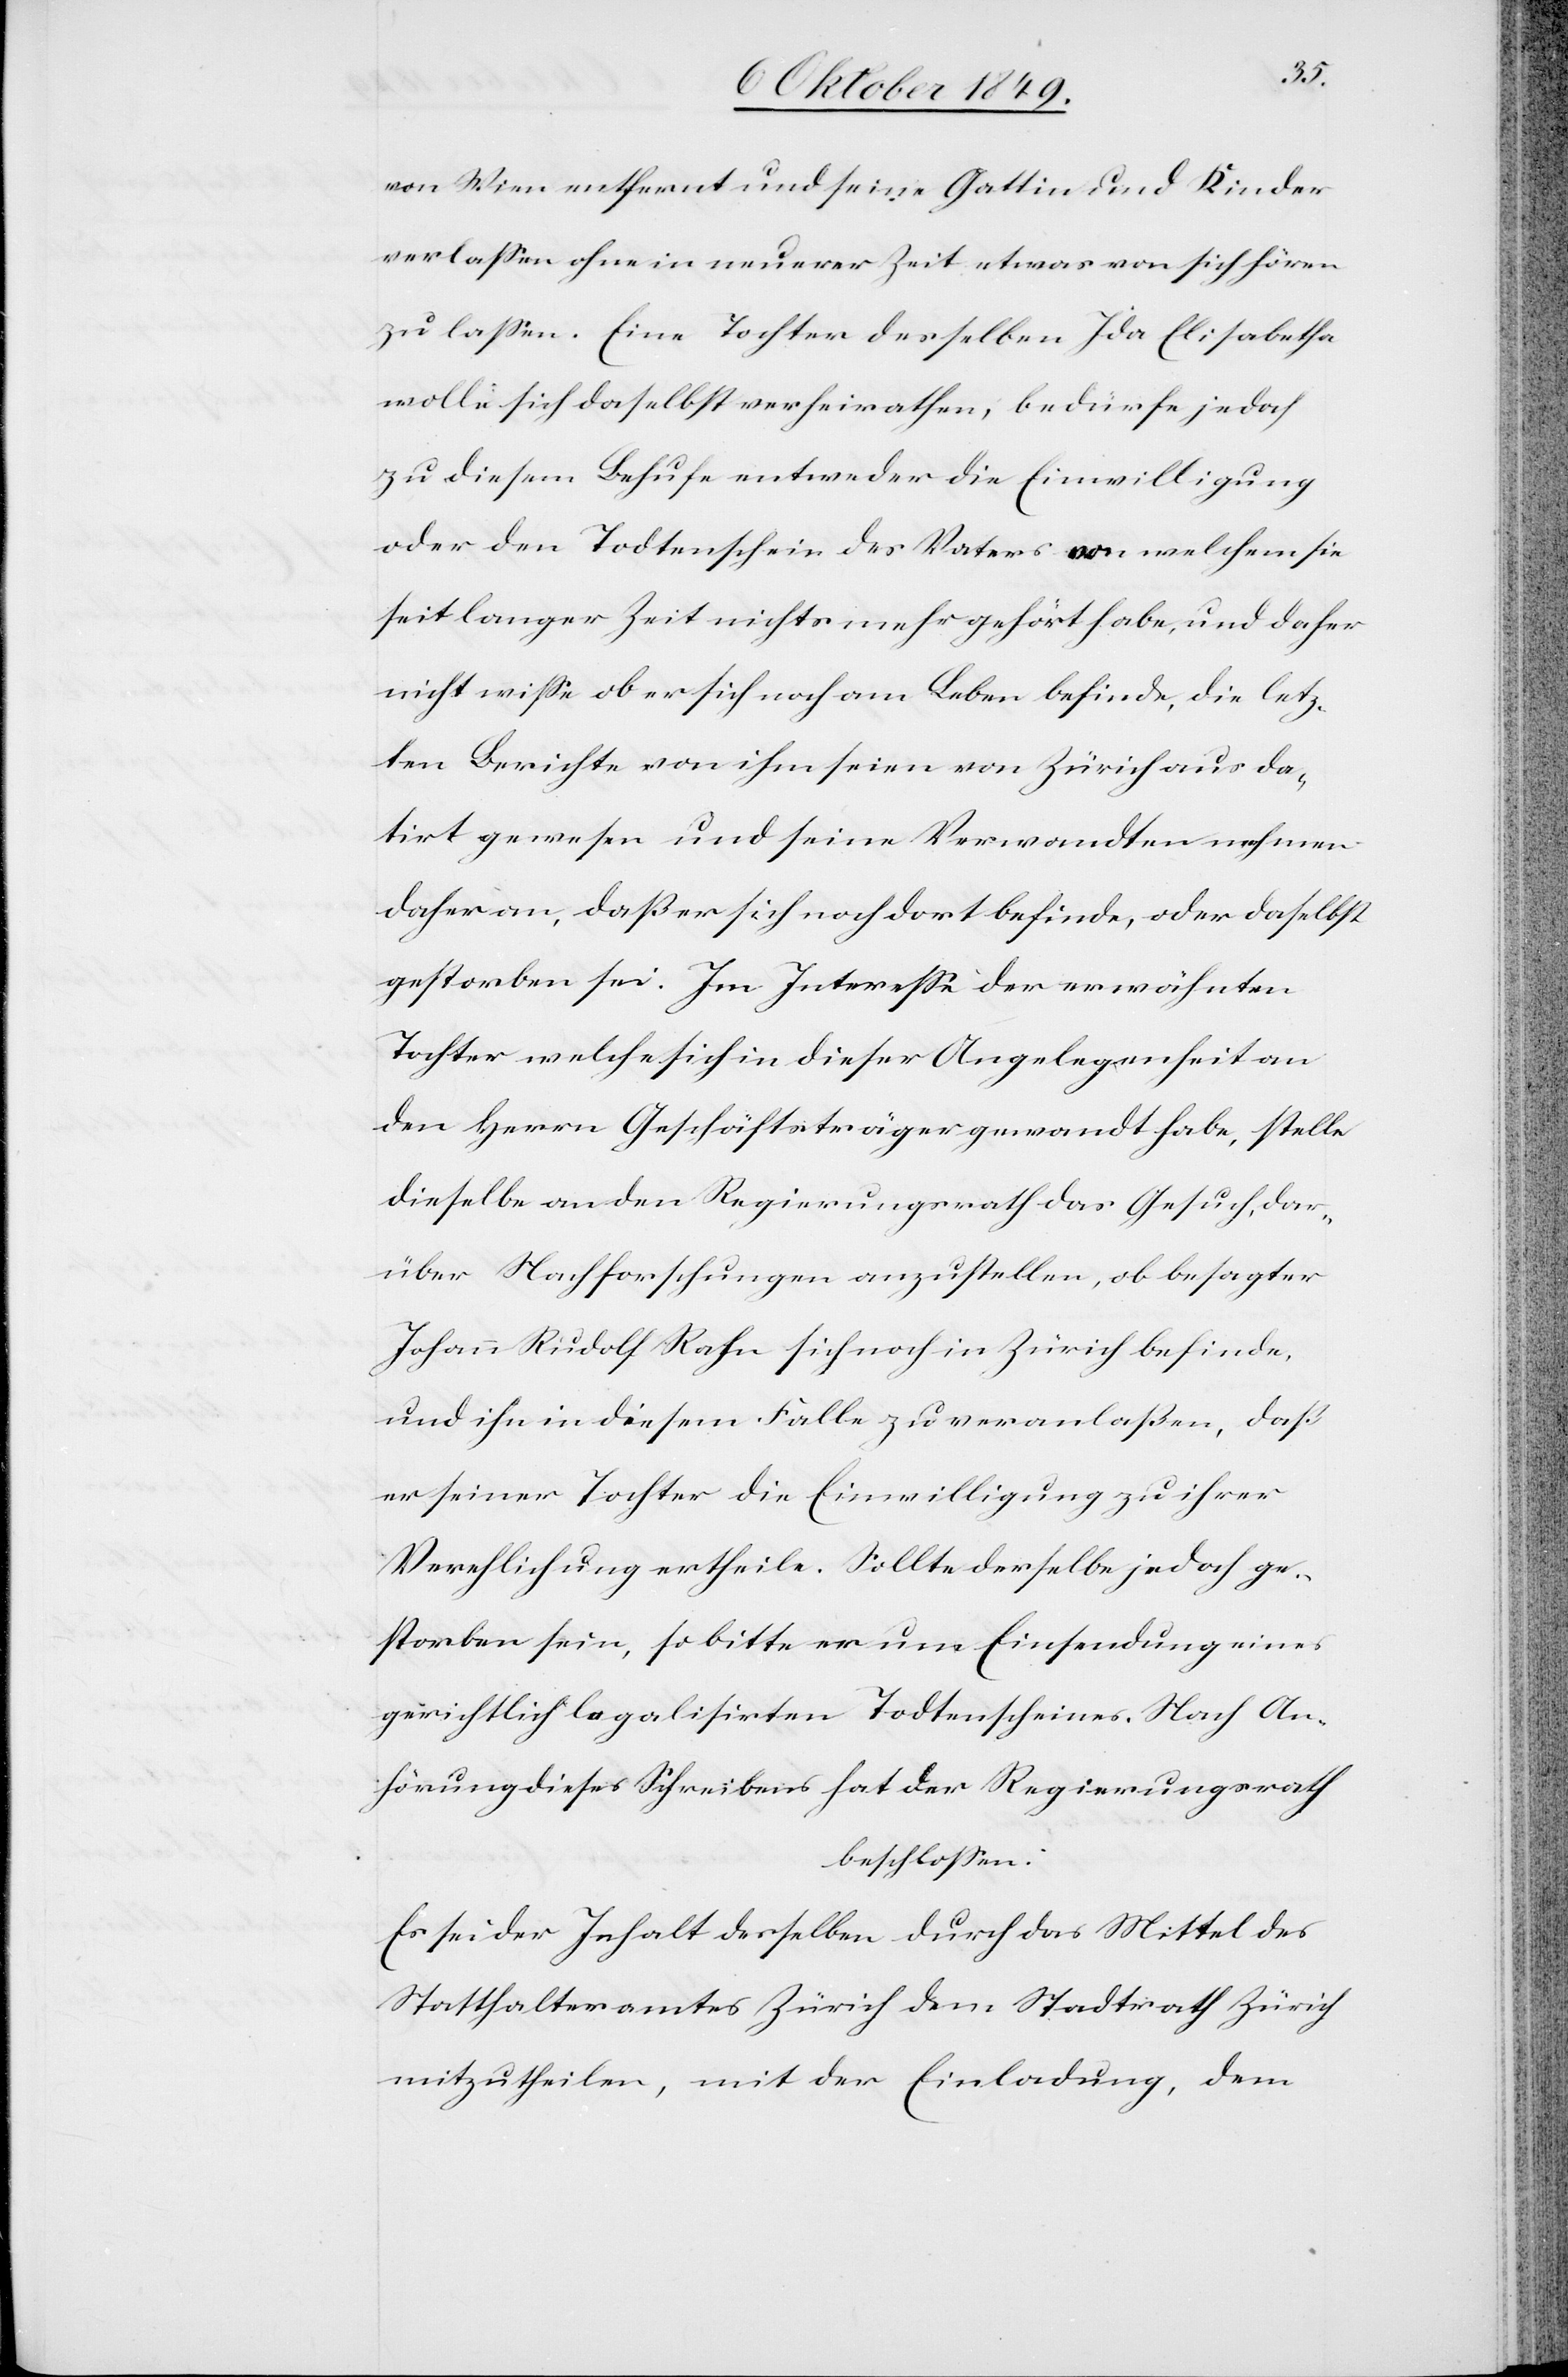
von Wien entfernt und seine Gattin und Kinder
verlaßen ohne in neuerer Zeit etwas von sich hören
zu laßen. Eine Tochter desselben Ida Elisabetha
wolle sich daselbst verheirathen, bedürfe jedoch
zu diesem Behufe entweder die Einwilligung
oder den Todtenschein des Vaters von welchem sie
seit langer Zeit nichts mehr gehört habe, und daher
nicht wiße ob er sich noch am Leben befinde, die letz¬
ten Berichte von ihm seien von Zürich aus da¬
tirt gewesen und seine Verwandten nehmen
daher an, daß er sich noch dort befinde, oder daselbst
gestorben sei. Im Intereße der erwähnten
Tochter welche sich in dieser Angelegenheit an
den Herrn Geschäftsträger gewandt habe, stelle
dieselbe an den Regierungsrath das Gesuch, dar¬
über Nachforschungen anzustellen, ob besagter
Johann Rudolf Rahn sich noch in Zürich befinde,
und ihn in diesem Falle zu veranlaßen, daß
er seiner Tochter die Einwilligung zu ihrer
Verehlichung ertheile. Sollte derselbe jedoch ge¬
storben sein, so bitte er um Einsendung eines
gerichtlich legalisirten Todtenscheines. Nach An¬
hörung dieses Schreibens hat der Regierungsrath
beschloßen:
Es sei der Inhalt desselben durch das Mittel des
Statthalteramtes Zürich dem Stadtrath Zürich
mitzutheilen, mit der Einladung, dem